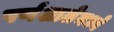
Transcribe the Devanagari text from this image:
पर्णशालेमध्ये